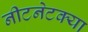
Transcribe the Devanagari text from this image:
नीटनेटक्या